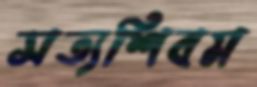
সত্যশিবম